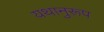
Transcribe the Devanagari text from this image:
यथानुरूप